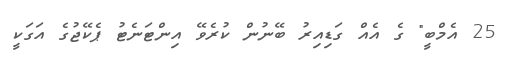
25 އެމްބީ" ގެ އެއް ގަޑިއިރު ބޭނުން ކުރެވޭ އިންޓަނެޓު ޕެކޭޖުގެ އަގަކީ